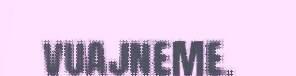
vuajneme.